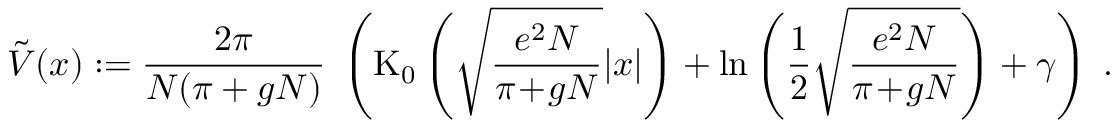
\tilde { V } ( x ) : = \frac { 2 \pi } { N ( \pi + g N ) } \; \left( \mathrm { K } _ { 0 } \left( \sqrt { \frac { e ^ { 2 } N } { \pi \! + \! g N } } | x | \right) + \ln \left( \frac { 1 } { 2 } \sqrt { \frac { e ^ { 2 } N } { \pi \! + \! g N } } \right) + \gamma \right) \; .